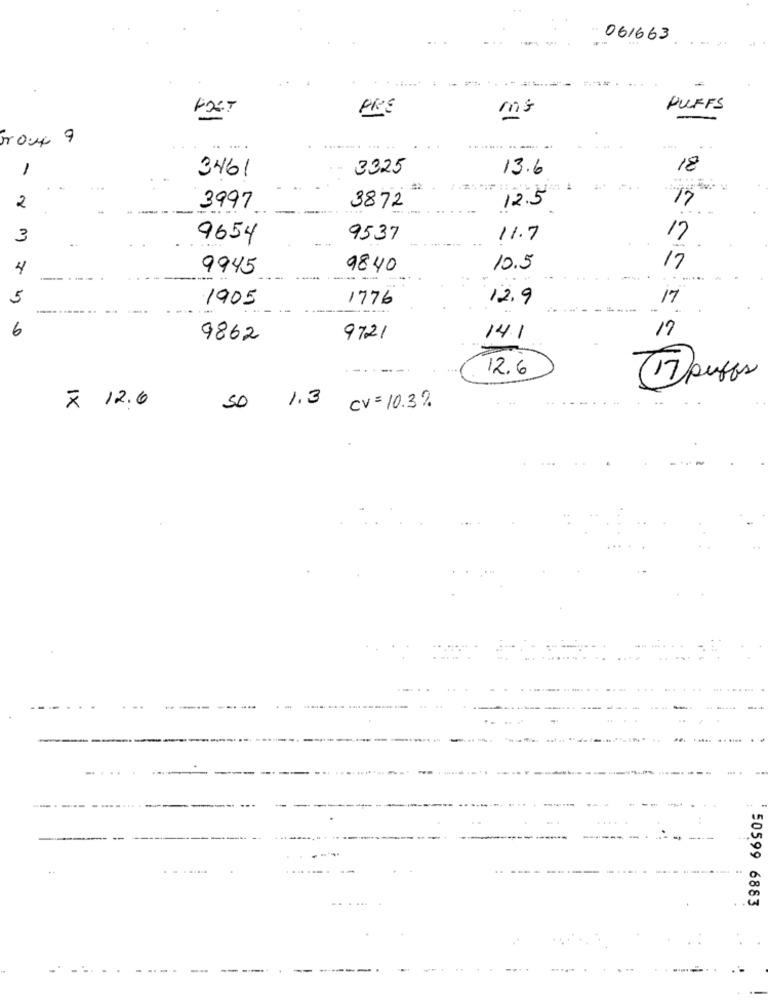
061663
FOET
PRE
ms
PUFFS
--
........ ... ..
........ .
1
3325
13.6
18
3461
12.5
17
2
----
3997
3872
3
9654
9537
11.7
17
4
9945
9840
10.5
17
--- ---
5
1905
1776
12.9
17
-
6
17
9862
9721
141
-----
12.6
(17 puffs
SO 1.3
x 12.6
CV = 10.3%
----
-
--.
50599 6883
..
--